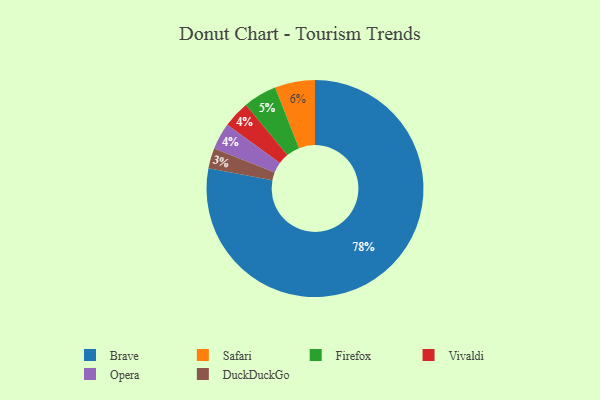
{"axis": {"x": "Category", "y": "Percentage"}, "legend": ["Brave", "DuckDuckGo", "Firefox", "Opera", "Safari", "Vivaldi"], "data": [{"x": "Vivaldi", "y": 4, "type": "Vivaldi"}, {"x": "Safari", "y": 6, "type": "Safari"}, {"x": "Opera", "y": 4, "type": "Opera"}, {"x": "Brave", "y": 78, "type": "Brave"}, {"x": "DuckDuckGo", "y": 3, "type": "DuckDuckGo"}, {"x": "Firefox", "y": 5, "type": "Firefox"}]}